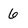
Character: 6